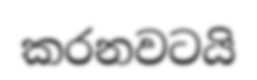
කරනවටයි